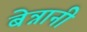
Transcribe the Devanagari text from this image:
बेन्नानी